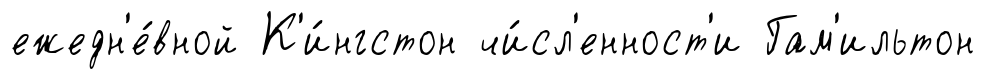
ежедн'е́вной К'и́нгстон чи́сл'енност'и Гам'ильтон